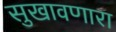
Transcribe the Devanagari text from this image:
सुखावणारा